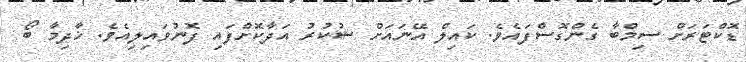
ޑޮކްޓަރަށް ސިމްބާ ގެންގޮސްފައެވެ. ކައިލް އޭނައަށް ޝުކުރު އަދާކޮށްފައި ފޮނުވައިލިއެވެ. ޚާދިމާ ބޯ